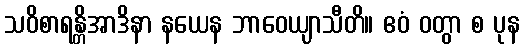
သဝိစာရန္တိအာဒိနာ နယေန ဘာဝေယျာသီတိ။ ဧဝံ ဝတွာ စ ပုန